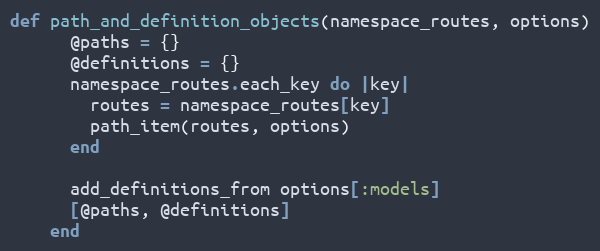
Language: Ruby
def path_and_definition_objects(namespace_routes, options)
      @paths = {}
      @definitions = {}
      namespace_routes.each_key do |key|
        routes = namespace_routes[key]
        path_item(routes, options)
      end

      add_definitions_from options[:models]
      [@paths, @definitions]
    end